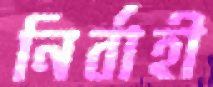
নির্বাহী